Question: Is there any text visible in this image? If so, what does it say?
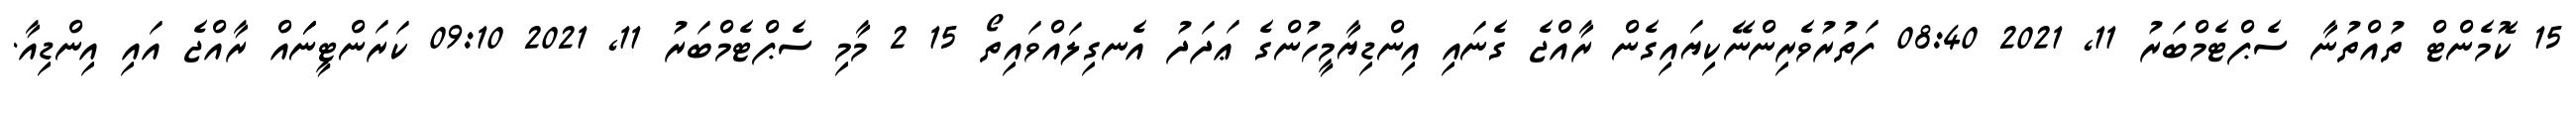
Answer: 15 ކޮމެންޓް ތުއްތުނާ ސެޕްޓެމްބަރު 11, 2021 08:40 ފަތުރުވެރިންނޭކިޔައިގެން ރާއްޖެ ގެނައި އިންޑިޔާމީހުންގެ ޢަދަދު އެނގިލައްވައިތޯ 15 2 މާމި ސެޕްޓެމްބަރު 11, 2021 09:10 ކަރަންޓީނަައް ރާއްޖެ އައި އިންޑިއާ.